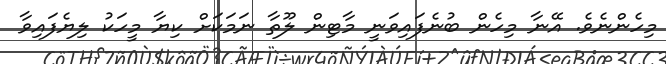
މިހެންނެވެ. އޭނާ މިހެން ބުނެފައިވަނީ މާޓިން ލޫތާ ނަމަކަށް ކިޔާ މީހަކު ލިޔެފައިވާ